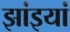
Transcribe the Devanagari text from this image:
झांइयां